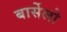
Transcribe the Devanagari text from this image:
बार्सेलो